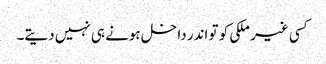
کسی غیر ملکی کو تو اندر داخل ہونے ہی نہیں دیتے۔